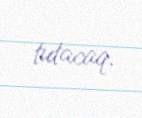
tutacaq.